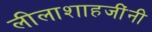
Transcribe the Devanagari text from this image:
लीलाशाहजींनी